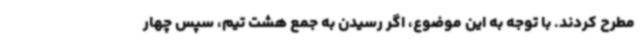
مطرح کردند. با توجه به این موضوع، اگر رسیدن به جمع هشت تیم، سپس چهار